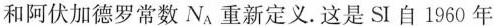
和阿伏加德罗常数N_{A}重新定义. 这是 SI 自1960 年